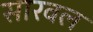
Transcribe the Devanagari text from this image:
सारवल